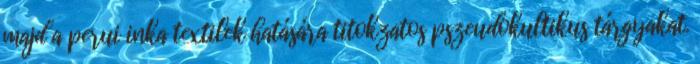
majd a perui inka textilek hatására titokzatos pszeudokultikus tárgyakat.